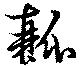
瓤